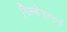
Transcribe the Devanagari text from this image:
गिल्डेनस्टर्न